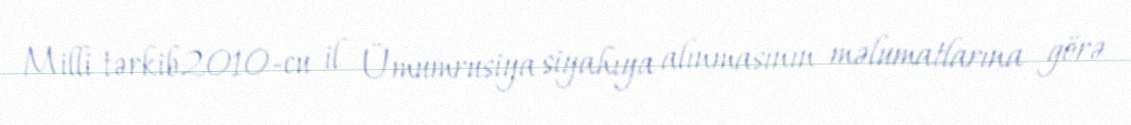
Milli tərkib2010-cu il Ümumrusiya siyahıya alınmasının məlumatlarına görə